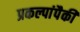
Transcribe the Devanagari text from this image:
प्रकल्पांपैकी